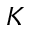
K